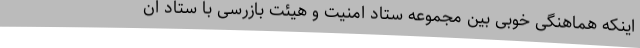
اینکه هماهنگی خوبی بین مجموعه ستاد امنیت و هیئت بازرسی با ستاد ان